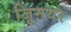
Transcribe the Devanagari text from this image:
जूिनयर